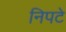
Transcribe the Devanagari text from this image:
निपटे